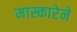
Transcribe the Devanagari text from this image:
मास्कारेने